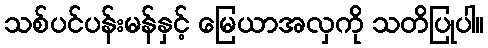
သစ်ပင်ပန်းမန်နှင့် မြေယာအလှကို သတိပြုပါ။